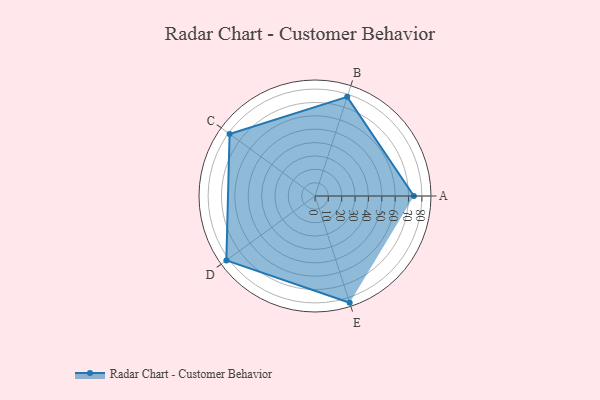
{"axis": {"x": "Skill", "y": "Score"}, "legend": ["Profile"], "data": [{"x": "A", "y": 74.0, "type": "Profile"}, {"x": "B", "y": 78.0, "type": "Profile"}, {"x": "C", "y": 79.0, "type": "Profile"}, {"x": "D", "y": 82.0, "type": "Profile"}, {"x": "E", "y": 84.0, "type": "Profile"}]}